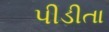
પીડીતા